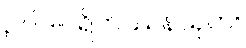
ဥပါဒါပရိတဿနသုတ်။